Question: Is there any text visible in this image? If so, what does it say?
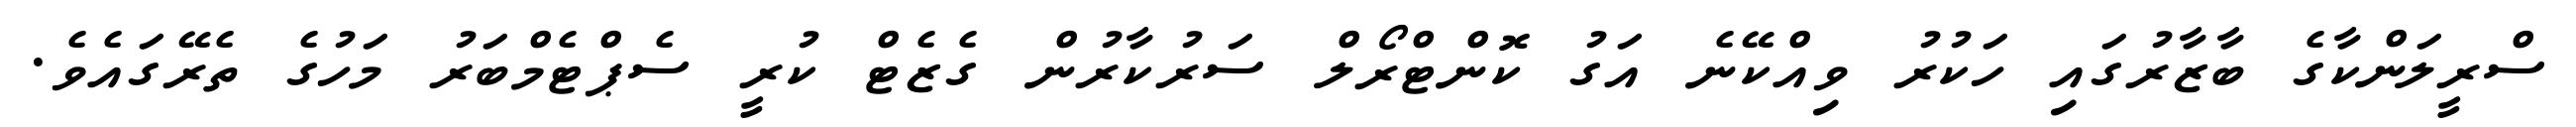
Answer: ސްރީލަންކާގެ ބާޒާރުގައި ހަކުރު ވިއްކޭނެ އަގު ކޮންޓްރޯލް ސަރުކާރުން ގެޒެޓް ކުރީ ސެޕްޓެމްބަރު މަހުގެ ތެރޭގައެވެ.